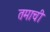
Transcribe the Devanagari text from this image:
तमाची